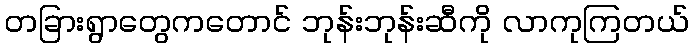
တခြားရွာတွေကတောင် ဘုန်းဘုန်းဆီကို လာကုကြတယ်